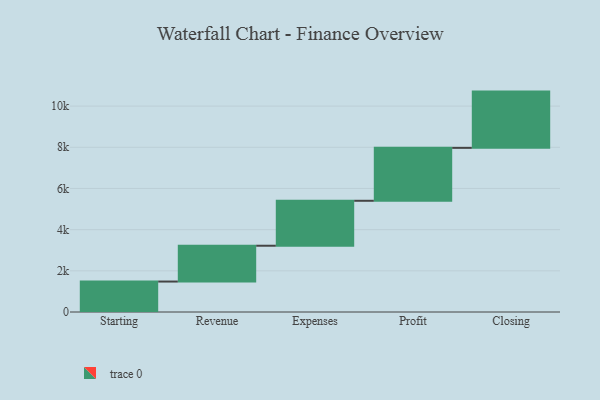
{"axis": {"x": "Step", "y": "Value"}, "legend": [""], "data": [{"x": "Starting", "y": 1479.0, "type": ""}, {"x": "Revenue", "y": 1740.0, "type": ""}, {"x": "Expenses", "y": 2183.0, "type": ""}, {"x": "Profit", "y": 2571.0, "type": ""}, {"x": "Closing", "y": 2732.0, "type": ""}]}